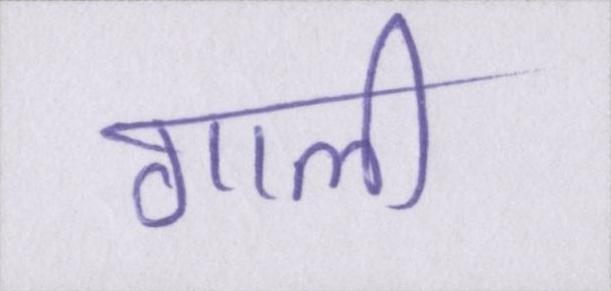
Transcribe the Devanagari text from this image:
गाली